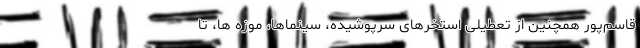
قاسم‌پور همچنین از تعطیلی استخرهای سرپوشیده، سینماها، موزه ها، تا